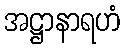
အဋ္ဌာနာရဟံ